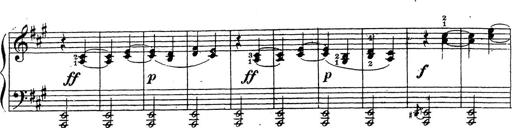
Title: 10 Sonatinas
Composer: Fritz Spindler